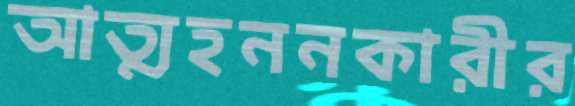
আত্মহননকারীর